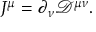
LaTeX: J ^ { \mu } = \partial _ { \nu } { \mathcal { D } } ^ { \mu \nu } .